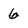
Character: 6